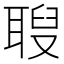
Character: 𦖚